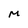
Character: m